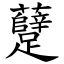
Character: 躠